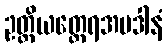
ဥတ္တိယတ္ထေရအပဒါနံ